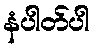
နံပါတ်ပါ